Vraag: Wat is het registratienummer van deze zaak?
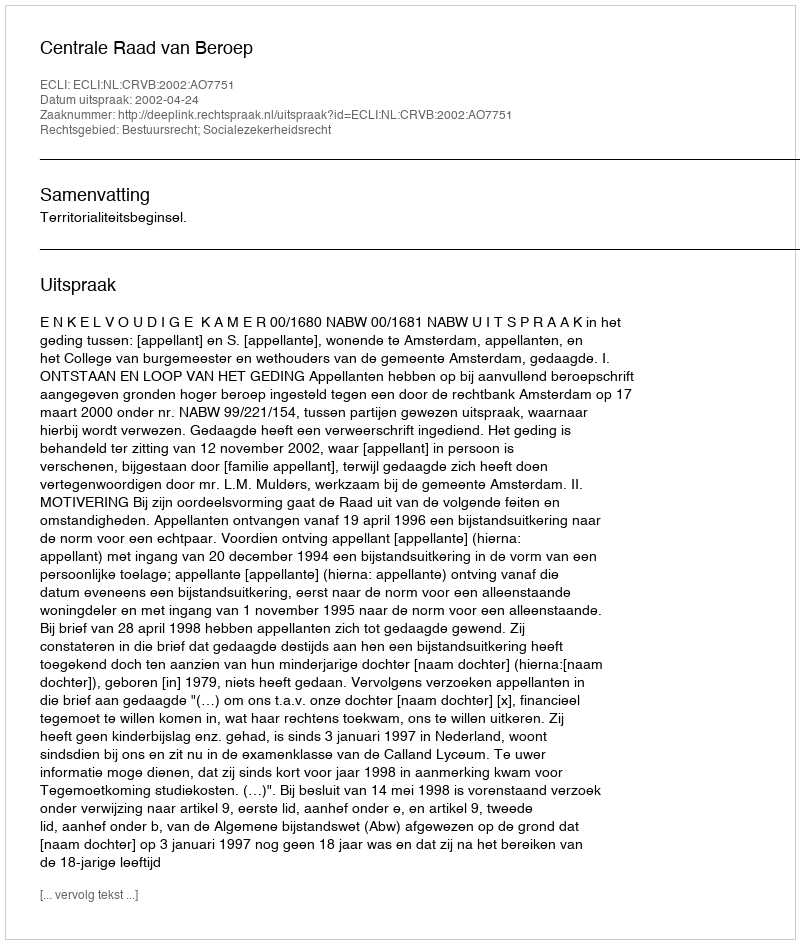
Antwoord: http://deeplink.rechtspraak.nl/uitspraak?id=ECLI:NL:CRVB:2002:AO7751